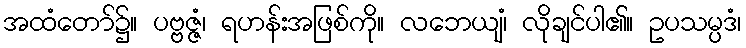
အထံတော်၌။ ပဗ္ဗဇ္ဇံ၊ ရဟန်းအဖြစ်ကို။ လဘေယျံ၊ လိုချင်ပါ၏။ ဥပသမ္ပဒံ၊